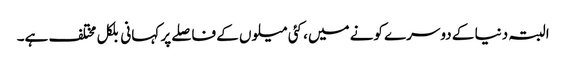
البتہ دنیا کے دوسرے کونے میں، کئی میلوں کے فاصلے پر کہانی بلکل مختلف ہے۔